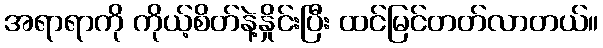
အရာရာကို ကိုယ့်စိတ်နဲ့နှိုင်းပြီး ထင်မြင်တတ်လာတယ်။